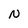
Character: N